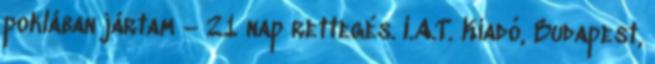
poklában jártam – 21 nap rettegés. I.A.T. Kiadó, Budapest,